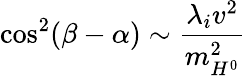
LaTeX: \cos^{2}(\beta-\alpha)\sim\frac{\lambda_{i}v^{2}}{m_{H^{0}}^{2}}